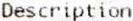
DESCRIPTION